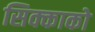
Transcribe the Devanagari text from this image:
सिक्काको